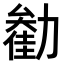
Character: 𫦺